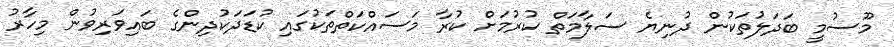
މޫސުމީ ބަދަލުތަކުން ދުނިޔެ ސަލާމަތް ކުރުމަށް ކުރާ މަސައްކަތްތަކުގައި ކުޑަދަކުދިންގެ ބައިވަރިވުން މިހާރު